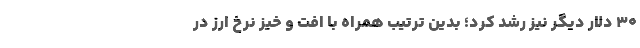
۳۰ دلار دیگر نیز رشد کرد؛ بدین ترتیب همراه با افت و خیز نرخ ارز در